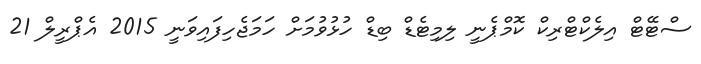
ސްޓޭޓް އިލެކްޓްރިކް ކޮމްޕެނީ ލިމިޓެޑް ބިޑް ހުޅުވުމަށް ހަމަޖެހިފައިވަނީ 2015 އެޕްރީލް 21